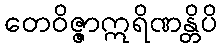
တေဝိဇ္ဇာဣရိဏန္တိပိ